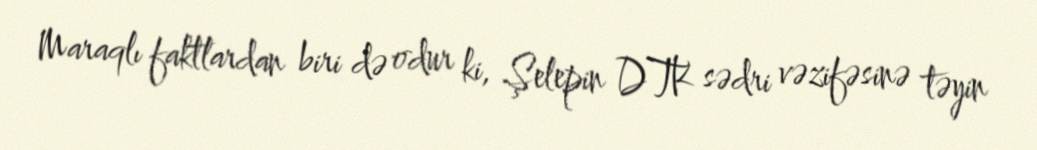
Maraqlı faktlardan biri də odur ki, Şelepin DTK sədri vəzifəsinə təyin